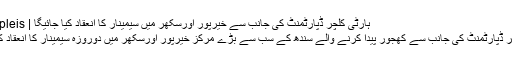
ہارٹی کلچر ڈپارٹمنٹ کی جانب سے خیرپور اورسکھر میں سیمینار کا انعقاد کیا جائیگا | Agri Tripleis
ہارٹی کلچر ڈپارٹمنٹ کی جانب سے کھجور پیدا کرنے والے سندھ کے سب سے بڑے مرکز خیرپور اورسکھر میں دوروزہ سیمینار کا انعقاد کیا جائیگا ۔